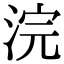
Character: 浣